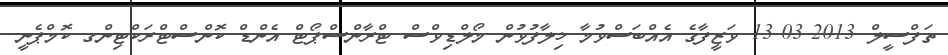
ތަފްސީލް 2013-03-13 ވަޒީފާގެ އެއްބަސްވުމާ ޚިލާފުވުން މޯލްޑިވްސް ޓްރާންސްޕޯޓް އެންޑް ކޮންސްޓްރަކްޓިންގ ކޮމްޕެނީ